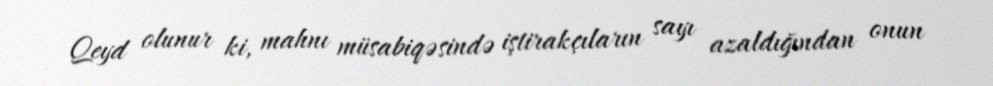
Qeyd olunur ki, mahnı müsabiqəsində iştirakçıların sayı azaldığından onun